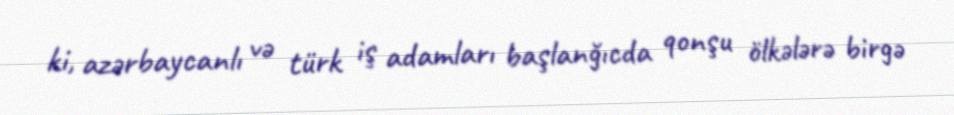
ki, azərbaycanlı və türk iş adamları başlanğıcda qonşu ölkələrə birgə